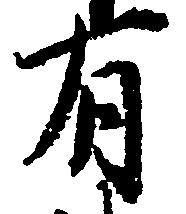
有